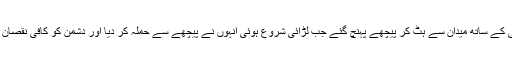
مسلمان حسب سابق مقابلے کے لیے نکلے وہ سات جانباز اپنی سابقہ حکمت عملی کے ساتھ میدان سے ہٹ کر پیچھے پہنچ گئے جب لڑائی شروع ہوئی انہوں نے پیچھے سے حملہ کر دیا اور دشمن کو کافی نقصان پہنچایا مگر اچانک ان سات کے پیچھے سے دس ہزار کا چھپا ہوا لشکر نکل آیا ۔